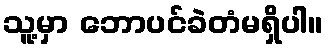
သူ့မှာ ဘောပင်ခဲတံမရှိပါ။